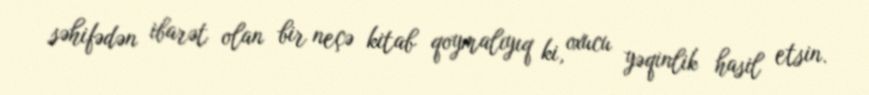
səhifədən ibarət olan bir neçə kitab qoymalıyıq ki, oxucu yəqinlik hasil etsin.